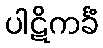
ပါဋိကင်္ခံ